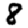
Digit: 8